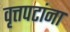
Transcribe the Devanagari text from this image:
वृत्तपटांना